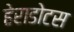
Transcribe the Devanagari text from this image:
हेराडोटस